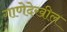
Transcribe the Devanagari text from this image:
गाणेदेखील